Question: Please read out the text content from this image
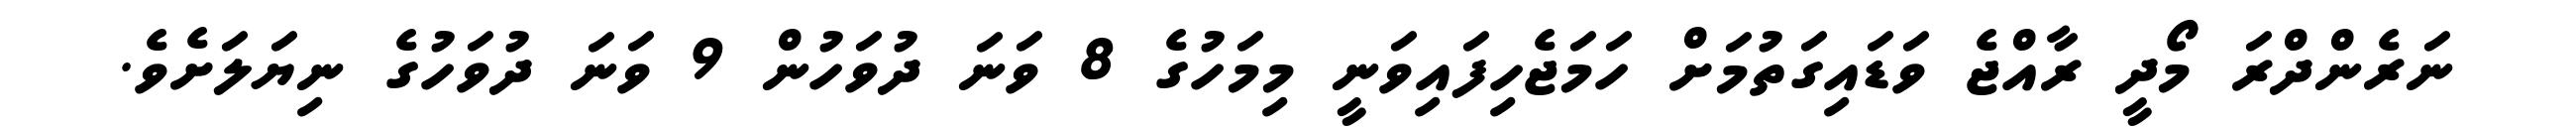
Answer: ނަރެންދްރަ މޯދީ ރާއްޖެ ވަޑައިގަތުމަށް ހަމަޖެހިފައިވަނީ މިމަހުގެ 8 ވަނަ ދުވަހުން 9 ވަނަ ދުވަހުގެ ނިޔަލަށެވެ.